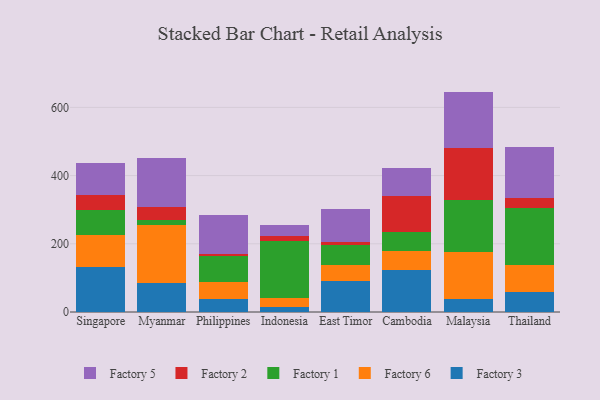
{"axis": {"x": "Country", "y": "Revenue (USD Million)"}, "legend": ["Factory 1", "Factory 2", "Factory 3", "Factory 5", "Factory 6"], "data": [{"x": "Singapore", "y": 133.0, "type": "Factory 3"}, {"x": "Singapore", "y": 93.7, "type": "Factory 6"}, {"x": "Singapore", "y": 71.0, "type": "Factory 1"}, {"x": "Singapore", "y": 45.6, "type": "Factory 2"}, {"x": "Singapore", "y": 95.1, "type": "Factory 5"}, {"x": "Myanmar", "y": 84.4, "type": "Factory 3"}, {"x": "Myanmar", "y": 169.7, "type": "Factory 6"}, {"x": "Myanmar", "y": 14.9, "type": "Factory 1"}, {"x": "Myanmar", "y": 39.6, "type": "Factory 2"}, {"x": "Myanmar", "y": 143.0, "type": "Factory 5"}, {"x": "Philippines", "y": 39.2, "type": "Factory 3"}, {"x": "Philippines", "y": 49.4, "type": "Factory 6"}, {"x": "Philippines", "y": 75.5, "type": "Factory 1"}, {"x": "Philippines", "y": 6.4, "type": "Factory 2"}, {"x": "Philippines", "y": 114.0, "type": "Factory 5"}, {"x": "Indonesia", "y": 15.6, "type": "Factory 3"}, {"x": "Indonesia", "y": 25.7, "type": "Factory 6"}, {"x": "Indonesia", "y": 167.8, "type": "Factory 1"}, {"x": "Indonesia", "y": 13.8, "type": "Factory 2"}, {"x": "Indonesia", "y": 31.9, "type": "Factory 5"}, {"x": "East Timor", "y": 90.4, "type": "Factory 3"}, {"x": "East Timor", "y": 48.6, "type": "Factory 6"}, {"x": "East Timor", "y": 57.2, "type": "Factory 1"}, {"x": "East Timor", "y": 9.6, "type": "Factory 2"}, {"x": "East Timor", "y": 97.2, "type": "Factory 5"}, {"x": "Cambodia", "y": 122.6, "type": "Factory 3"}, {"x": "Cambodia", "y": 55.2, "type": "Factory 6"}, {"x": "Cambodia", "y": 55.7, "type": "Factory 1"}, {"x": "Cambodia", "y": 106.5, "type": "Factory 2"}, {"x": "Cambodia", "y": 82.2, "type": "Factory 5"}, {"x": "Malaysia", "y": 38.8, "type": "Factory 3"}, {"x": "Malaysia", "y": 138.4, "type": "Factory 6"}, {"x": "Malaysia", "y": 150.9, "type": "Factory 1"}, {"x": "Malaysia", "y": 154.2, "type": "Factory 2"}, {"x": "Malaysia", "y": 164.0, "type": "Factory 5"}, {"x": "Thailand", "y": 59.8, "type": "Factory 3"}, {"x": "Thailand", "y": 79.5, "type": "Factory 6"}, {"x": "Thailand", "y": 164.6, "type": "Factory 1"}, {"x": "Thailand", "y": 29.4, "type": "Factory 2"}, {"x": "Thailand", "y": 151.3, "type": "Factory 5"}]}